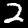
Label: 2